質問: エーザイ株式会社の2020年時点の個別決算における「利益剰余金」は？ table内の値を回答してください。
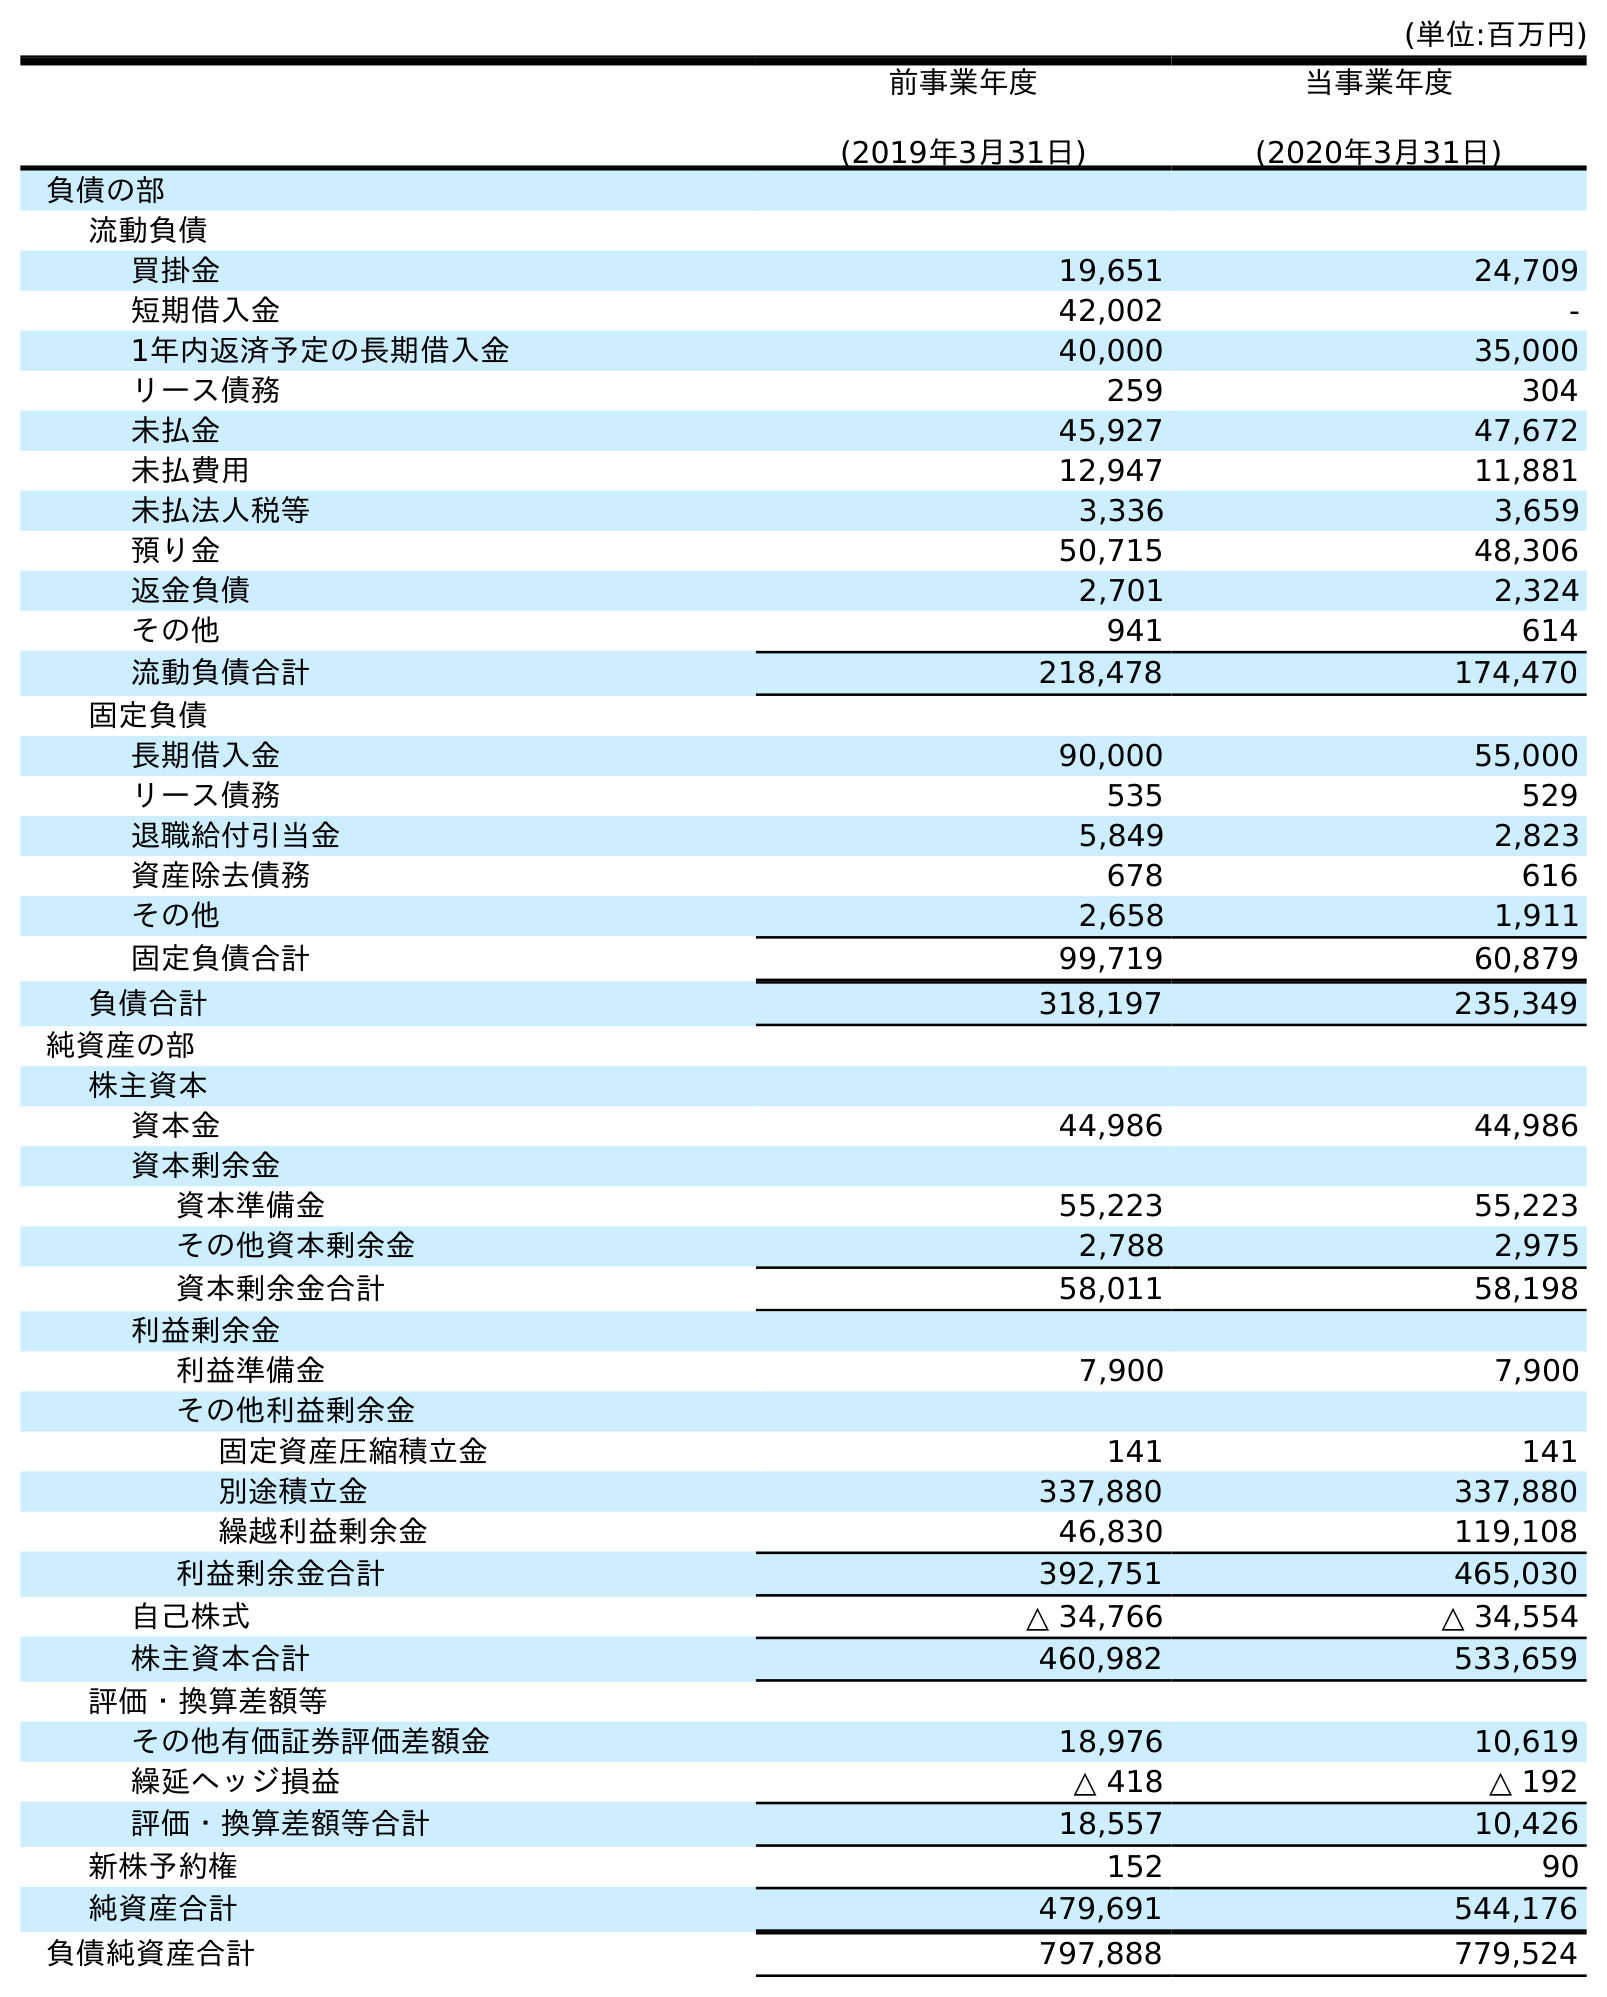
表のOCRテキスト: (単位:百万円) 前事業年度 (2019年3月31日) 当事業年度 (2020年3月31日) 負債の部 流動負債 買掛金 19,651 24,709 短期借入金 42,002 - 1年内返済予定の長期借入金 40,000 35,000 リース債務 259 304 未払金 45,927 47,672 未払費用 12,947 11,881 未払法人税等 3,336 3,659 預り金 50,715 48,306 返金負債 2,701 2,324 その他 941 614 流動負債合計 218,478 174,470 固定負債 長期借入金 90,000 55,000 リース債務 535 529 退職給付引当金 5,849 2,823 資産除去債務 678 616 その他 2,658 1,911 固定負債合計 99,719 60,879 負債合計 318,197 235,349 純資産の部 株主資本 資本金 44,986 44,986 資本剰余金 資本準備金 55,223 55,223 その他資本剰余金 2,788 2,975 資本剰余金合計 58,011 58,198 利益剰余金 利益準備金 7,900 7,900 その他利益剰余金 固定資産圧縮積立金 141 141 別途積立金 337,880 337,880 繰越利益剰余金 46,830 119,108 利益剰余金合計 392,751 465,030 自己株式 △ 34,766 △ 34,554 株主資本合計 460,982 533,659 評価・換算差額等 その他有価証券評価差額金 18,976 10,619 繰延ヘッジ損益 △ 418 △ 192 評価・換算差額等合計 18,557 10,426 新株予約権 152 90 純資産合計 479,691 544,176 負債純資産合計 797,888 779,524
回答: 465,030